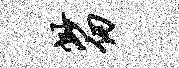
渺仞